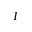
I